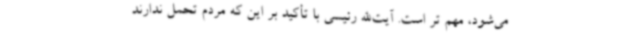
می‌شود، مهم تر است. آیت‌الله رئیسی با تأکید بر این که مردم تحمل ندارند